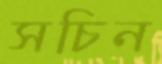
সচিন